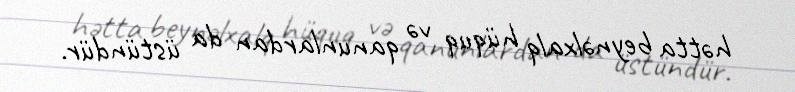
hətta beynəlxalq hüquq və qanunlardan da üstündür.